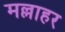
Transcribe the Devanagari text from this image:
मल्लाहर